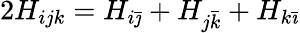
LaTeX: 2H_{ijk}=H_{i\bar{\jmath}}+H_{j\bar{k}}+H_{k\bar{\imath}}